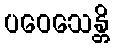
ပဝေသေန္တိ